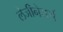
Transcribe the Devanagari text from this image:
लेजीनेयर्स